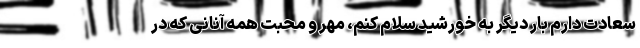
سعادت دارم بار دیگر به خورشید سلام کنم، مهر و‌ محبت همه آنانی که در